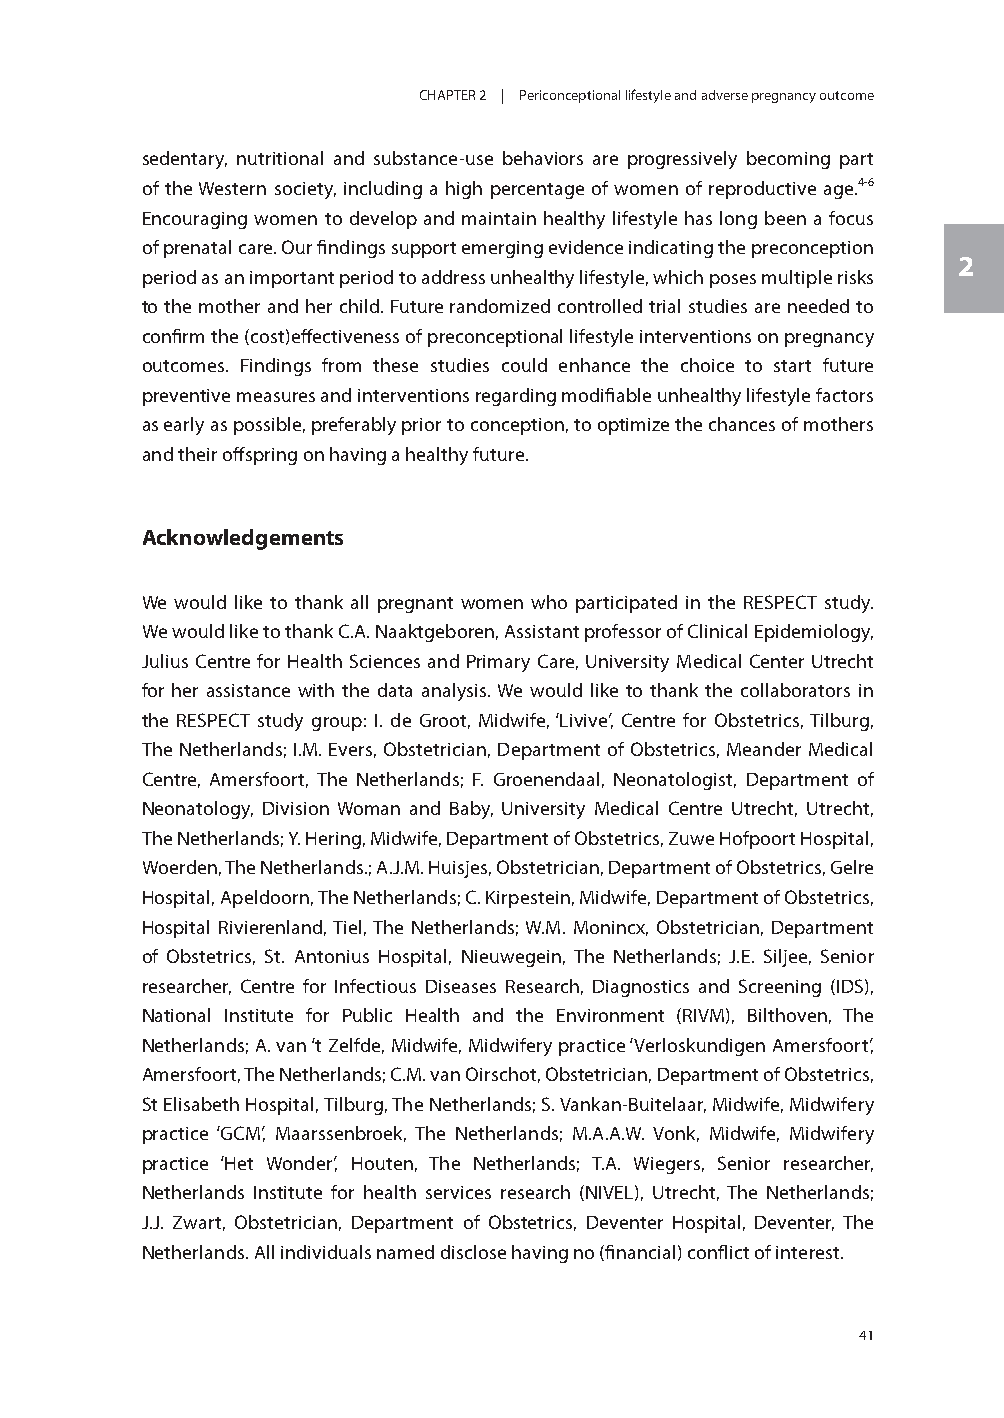
CHAPTER 2 | Periconceptional lifestyle and adverse pregnancy outcome
 sedentary, nutritional and substance-use behaviors are progressively becoming part
 of the Western society, including a high percentage of women of reproductive age.4-6
 Encouraging women to develop and maintain healthy lifestyle has long been a focus
 of prenatal care. Our findings support emerging evidence indicating the preconception
 2
 period as an important period to address unhealthy lifestyle, which poses multiple risks
 to the mother and her child. Future randomized controlled trial studies are needed to
 confirm the (cost)effectiveness of preconceptional lifestyle interventions on pregnancy
 outcomes. Findings from these studies could enhance the choice to start future
 preventive measures and interventions regarding modifiable unhealthy lifestyle factors
 as early as possible, preferably prior to conception, to optimize the chances of mothers
 and their offspring on having a healthy future.
 Acknowledgements
 We would like to thank all pregnant women who participated in the RESPECT study.
 We would like to thank C.A. Naaktgeboren, Assistant professor of Clinical Epidemiology,
 Julius Centre for Health Sciences and Primary Care, University Medical Center Utrecht
 for her assistance with the data analysis. We would like to thank the collaborators in
 the RESPECT study group: I. de Groot, Midwife, ‘Livive’, Centre for Obstetrics, Tilburg,
 The Netherlands; I.M. Evers, Obstetrician, Department of Obstetrics, Meander Medical
 Centre, Amersfoort, The Netherlands; F. Groenendaal, Neonatologist, Department of
 Neonatology, Division Woman and Baby, University Medical Centre Utrecht, Utrecht,
 The Netherlands; Y. Hering, Midwife, Department of Obstetrics, Zuwe Hofpoort Hospital,
 Woerden, The Netherlands.; A.J.M. Huisjes, Obstetrician, Department of Obstetrics, Gelre
 Hospital, Apeldoorn, The Netherlands; C. Kirpestein, Midwife, Department of Obstetrics,
 Hospital Rivierenland, Tiel, The Netherlands; W.M. Monincx, Obstetrician, Department
 of Obstetrics, St. Antonius Hospital, Nieuwegein, The Netherlands; J.E. Siljee, Senior
 researcher, Centre for Infectious Diseases Research, Diagnostics and Screening (IDS),
 National Institute for Public Health and the Environment (RIVM), Bilthoven, The
 Netherlands; A. van ‘t Zelfde, Midwife, Midwifery practice ‘Verloskundigen Amersfoort’,
 Amersfoort, The Netherlands; C.M. van Oirschot, Obstetrician, Department of Obstetrics,
 St Elisabeth Hospital, Tilburg, The Netherlands; S. Vankan-Buitelaar, Midwife, Midwifery
 practice ‘GCM’, Maarssenbroek, The Netherlands; M.A.A.W. Vonk, Midwife, Midwifery
 practice ‘Het Wonder’, Houten, The Netherlands; T.A. Wiegers, Senior researcher,
 Netherlands Institute for health services research (NIVEL), Utrecht, The Netherlands;
 J.J. Zwart, Obstetrician, Department of Obstetrics, Deventer Hospital, Deventer, The
 Netherlands. All individuals named disclose having no (financial) conflict of interest.
 41